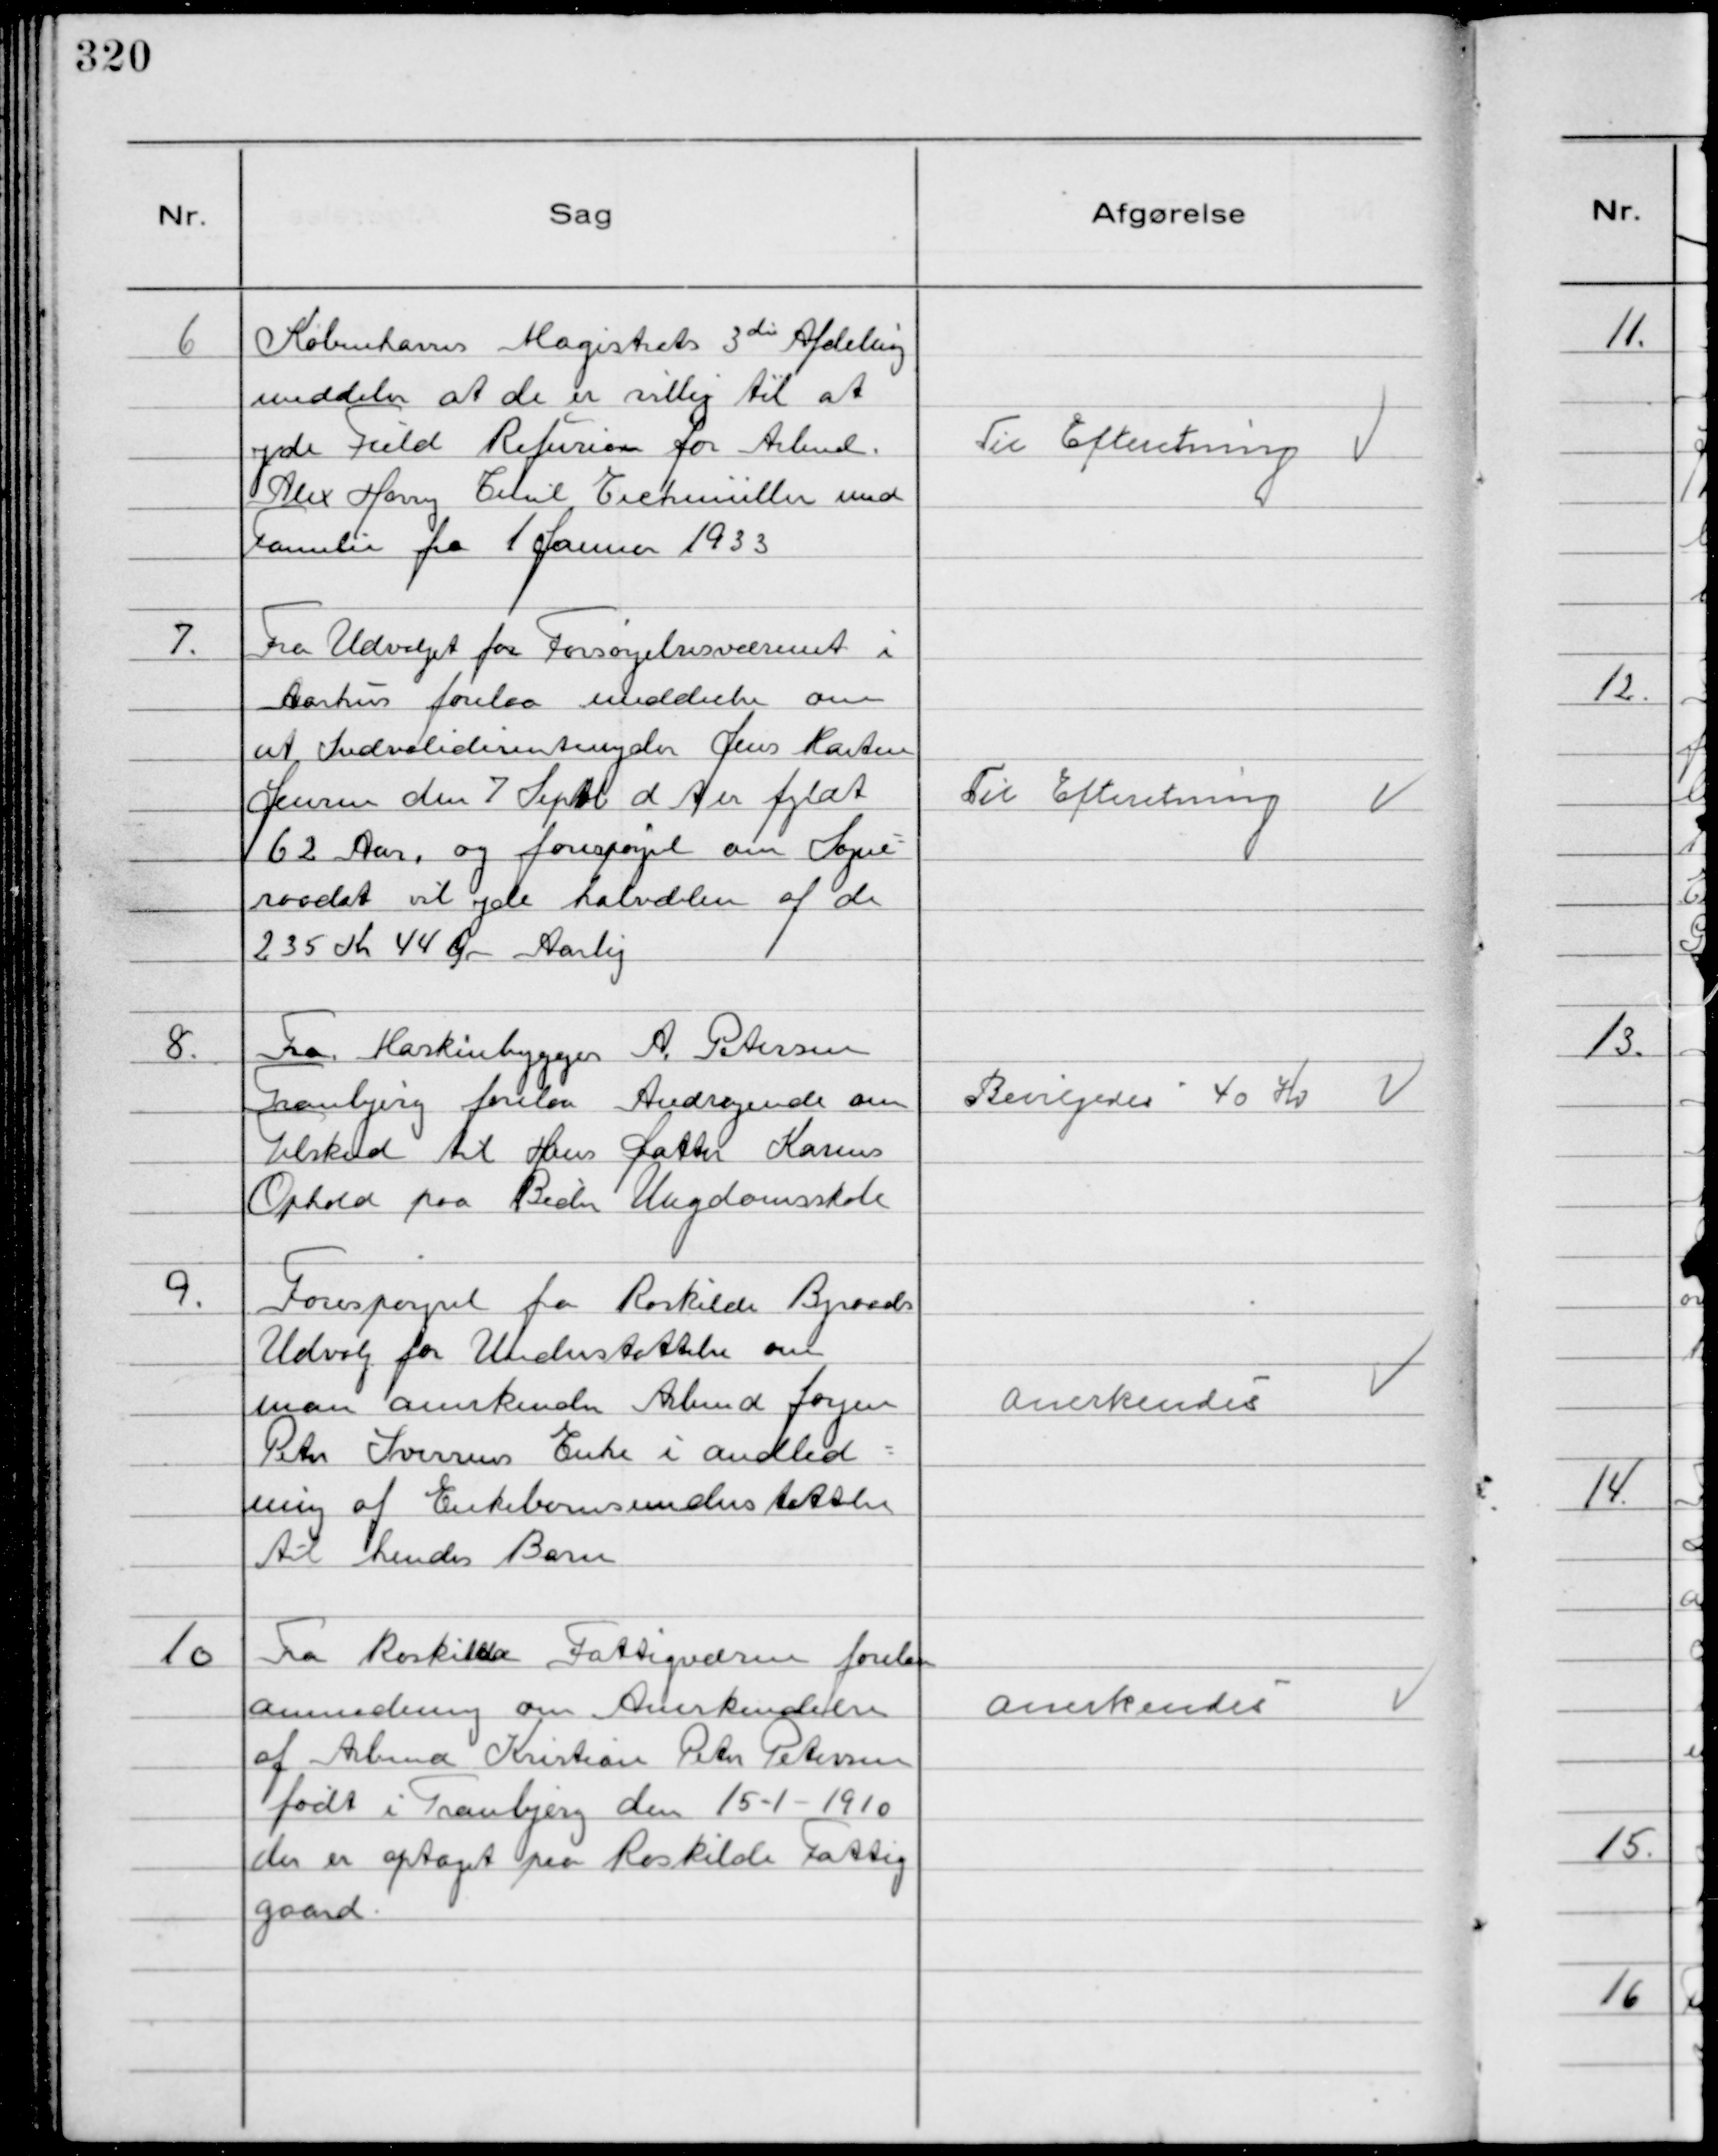
Transskription:
6
Københavns Magistrats 3 die Afdeling
meddeler at de er villig til at
yde fuld Refusion for Arbmd.
Alex Harry Emil Eichmüller med
Familie fra 1 Januar 1933

Til Efteretning

7.
Fra Udvalget for Forsørgelsesvæsenet i
Aarhus forelaa meddeelse om
at Indvaliderentenyder Jens Martin
Jensen den 7 Septb d A er fyldt
62 Aar, og forespørgsel om Sogne-
raadet vil yde halvdelen af de
235 Kr 44 Øre Aarlig

Til Efteretning

8.
Fra Maskinbygger A. Petersen
Tranbjerg forelaa Andragende om
Tilskud til Hans Datter Karens
Ophold paa Beder Ungdomsskole

Bevilgedes 40 Kr

9.
Forespørgsel fra Roskilde Byraads
Udvalg for Understøttelse om
man anerkender Arbmd Jørgen
Peter Iversens Enke i andled-
ning af Enkebarnsunderstøttelse
til hendes Barn

Anerkendes

10
Fra Roskilde Fattigvæsen forelaa
anmodning om Anerkendelse
af Arbmd Kristian Peter Petersen
født i Tranbjerg den 15-1-1910
der er optaget paa Roskilde Fattig
gaard.

Anerkendes